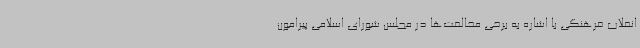
انقلاب فرهنگی با اشاره به برخی مخالفت‌ها در مجلس شورای اسلامی پیرامون